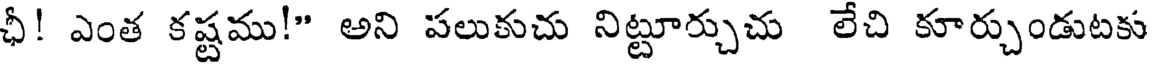
ఛీ! ఎంత కష్టము!" అని పలుకుచు నిట్టూర్చుచు లేచి కూర్చుండుటకు